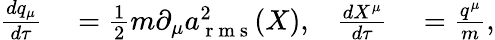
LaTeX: \begin{array}{rlrl}{\frac{dq_{\mu}}{d\tau}}&{{}=\frac{1}{2}m\partial_{\mu}a_{\mathrm{~r~m~s~}}^{2}(X),}&{\frac{dX^{\mu}}{d\tau}}&{{}=\frac{q^{\mu}}{m},}\end{array}